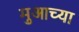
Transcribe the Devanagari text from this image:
मुआच्या